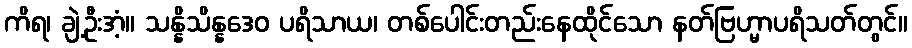
ကိရ၊ ချဲ့ဦးအံ့။ သန္နိသိန္နဒေဝ ပရိသာယ၊ တစ်ပေါင်းတည်းနေထိုင်သော နတ်ဗြဟ္မာပရိသတ်တွင်။